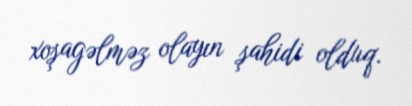
xoşagəlməz olayın şahidi olduq.